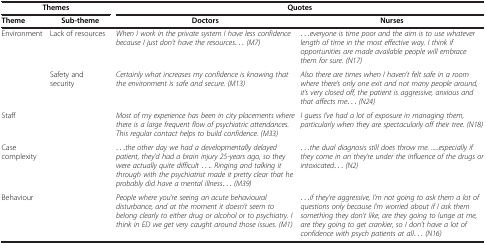
| <COLSPAN=2> Themes | <COLSPAN=2> Quotes |
 | --- | --- | --- | --- |
 | Theme | Sub-theme | Doctors | Nurses |
 | Environment | Lack of resources | When I work in the private system I have less confidence because I just don’t have the resources... (M7) | ...everyone is time poor and the aim is to use whatever length of time in the most effective way. I think if opportunities are made available people will embrace them for sure. (N17) |
 |  | Safety and security | Certainly what increases my confidence is knowing that the environment is safe and secure. (M13) | Also there are times when I haven’t felt safe in a room where there’s only one exit and not many people around, it’s very closed off, the patient is aggressive, anxious and that affects me... (N24) |
 | Staff |  | Most of my experience has been in city placements where there is a large frequent flow of psychiatric attendances. This regular contact helps to build confidence. (M33) | I guess I’ve had a lot of exposure in managing them, particularly when they are spectacularly off their tree. (N18) |
 | Case complexity |  | ...the other day we had a developmentally delayed patient, they’d had a brain injury 25-years ago, so they were actually quite difficult .... Ringing and talking it through with the psychiatrist made it pretty clear that he probably did have a mental illness... (M39) | ...the dual diagnosis still does throw me. ...especially if they come in an they’re under the influence of the drugs or intoxicated... (N2) |
 | Behaviour |  | People where you’re seeing an acute behavioural disturbance, and at the moment it doesn’t seem to belong clearly to either drug or alcohol or to psychiatry. I think in ED we get very caught around those issues. (M1) | ...if they’re aggressive, I’m not going to ask them a lot of questions only because I’m worried about if I ask them something they don’t like, are they going to lunge at me, are they going to get crankier, so I don’t have a lot of confidence with psych patients at all... (N16) |